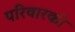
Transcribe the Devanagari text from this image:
परिवारकी